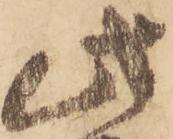
此